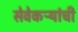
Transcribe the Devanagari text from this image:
सेवेकऱ्यांची